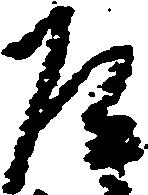
道